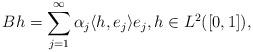
LaTeX: \begin{align*} B h = \sum_{j=1} ^\infty {\alpha_j \langle h,e_j\rangle e_j},h\in L^2([0,1]), \end{align*}